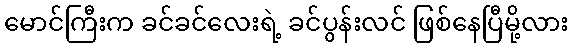
မောင်ကြီးက ခင်ခင်လေးရဲ့ ခင်ပွန်းလင် ဖြစ်နေပြီမို့လား